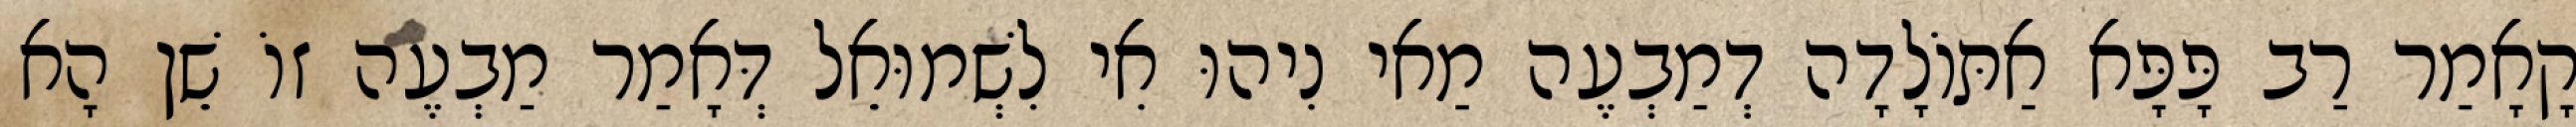
קָאָמַר רַב פָּפָּא אַתּוֹלָדָה דְמַבְעֶה מַאי נִיהוּ אִי לִשְׁמוּאֵל דְּאָמַר מַבְעֶה זוֹ שֵׁן הָא